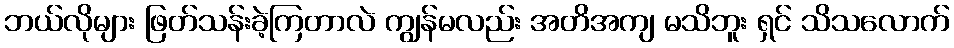
ဘယ်လိုများ ဖြတ်သန်းခဲ့ကြတာလဲ ကျွန်မလည်း အတိအကျ မသိဘူး ရှင် သိသလောက်